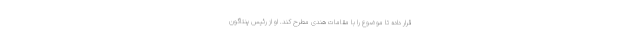
قرار داده تا موضوع را با مقامات هندی مطرح کند. او از رئیس پنتاگون